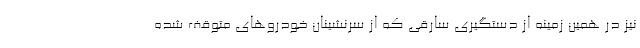
نیز در همین زمینه از دستگیری سارقی که از سرنشینان خودروهای متوقف شده